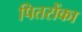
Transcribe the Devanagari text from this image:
पितरोंका